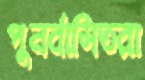
পুনর্বাসিতরা